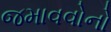
જમાવવોનો